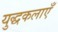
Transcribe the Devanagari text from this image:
युद्धकलाएँ